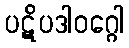
ပဋိပဒါဝဂ္ဂေါ